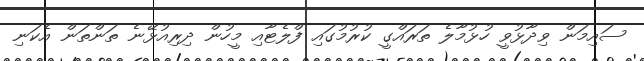
ސައިމަން ވިދާޅުވީ ހުޅުމާލެ ތަރައްގީ ކުރުމުގައި ފްލެޓާއި މީހުން ދިރިއުޅޭނެ ތަންތަން އެކަނި